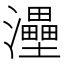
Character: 灅